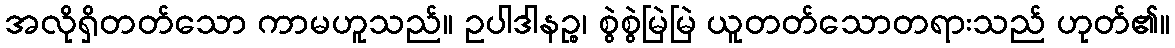
အလိုရှိတတ်သော ကာမဟူသည်။ ဥပါဒါနဉ္စ၊ စွဲစွဲမြဲမြဲ ယူတတ်သောတရားသည် ဟုတ်၏။